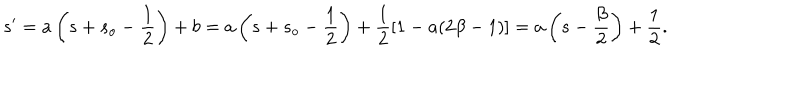
s ^ { \prime } = a \left( s + s _ { o } - \frac { 1 } { 2 } \right) + b = a \left( s + s _ { o } - \frac { 1 } { 2 } \right) + \frac { 1 } { 2 } [ 1 - a ( 2 \beta - 1 ) ] = a \left( s - \frac { \beta } { 2 } \right) + \frac { 1 } { 2 } .